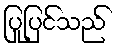
ပြုပြင်သည်